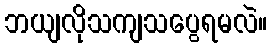
ဘယျလိုသကျသပွေရမလဲ။